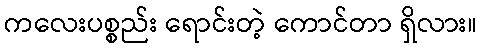
ကလေးပစ္စည်း ရောင်းတဲ့ ကောင်တာ ရှိလား။